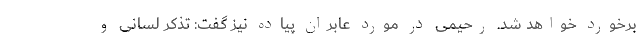
برخورد خواهد شد. رحیمی در مورد عابران پیاده نیز گفت: تذکر لسانی و